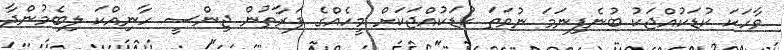
ވާހަކަ ކުޑަކުއްޖަކު ބުނެފިނަމަ ނުވަތަ ކުޑަކުއްޖަކަށް މީހެއްގެ ފަރާތުން ޖިންސީ ހާނިއްކަ ލިބެމުންދާ